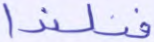
فنلندا